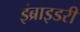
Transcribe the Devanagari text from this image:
इंब्राइडरी